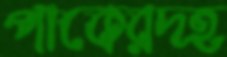
পাকেরদহ